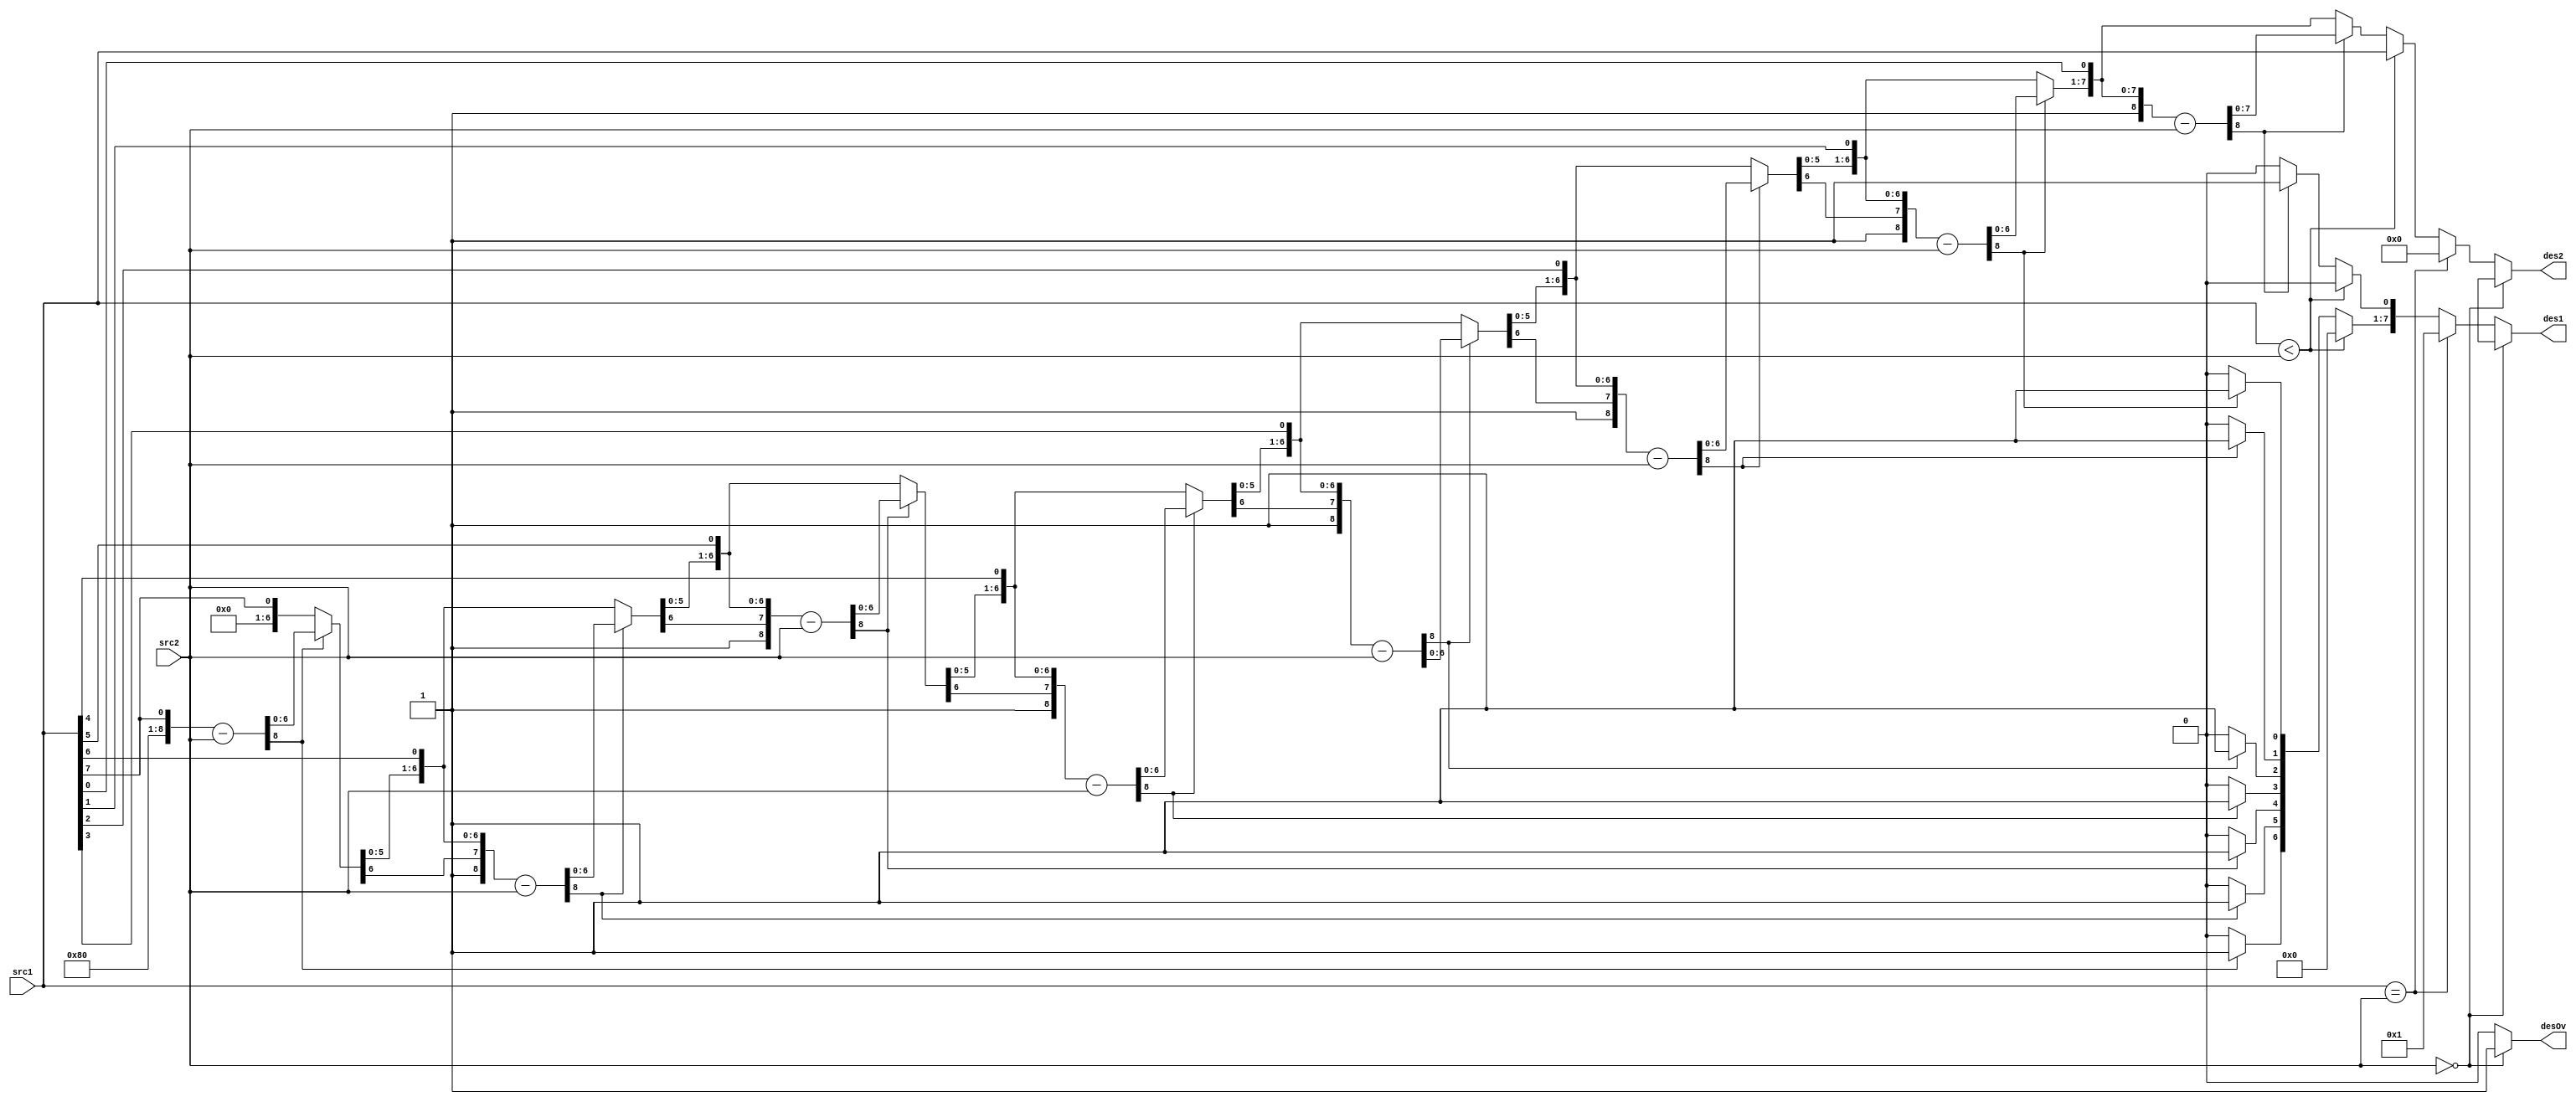
module oc8051_divide (src1, src2, des1, des2, desOv);
//
// this module is part of alu
// src1         (in)  first operand
// src2         (in)  second operand
// des1         (out) first result
// des2         (out) second result
// desOv        (out) Overflow output
//

input [7:0] src1, src2;
output desOv;
output [7:0] des1, des2;
reg desOv; reg [7:0] des1, des2;
reg [8:0] div1,div2;

always @(src1 or src2)
begin
      if (src2==8'b0000_0000) begin
        des1=8'bxxxx_xxxx;
        des2=8'bxxxx_xxxx;
        desOv=1'b1;
      end
      else if (src1==src2) begin
        des1=8'b0000_0001;
        des2=8'b0000_0000;
        desOv=1'b0;
      end
      else if (src1<src2) begin
        des1=8'b0000_0000;
        des2=src1;
        desOv=1'b0;
      end
      else begin
        des1=src1;
        des2=8'b0000_0000;

        div2={1'b0,src2};

// begin loop
//loop 0
        des2={des2[6:0],des1[7]};
        des1={des1[6:0], 1'b0};
        div1={1'b1, des2};
        div1= div1 - div2;

        if (div1[8]==1'b1) begin
          des1[0]= 1'b1;
          des2=div1[7:0];
        end

//loop 1
        des2={des2[6:0],des1[7]};
        des1={des1[6:0], 1'b0};
        div1={1'b1, des2};
        div1= div1 - div2;

        if (div1[8]==1'b1) begin
          des1[0]= 1'b1;
          des2=div1[7:0];
        end
//loop 2
        des2={des2[6:0],des1[7]};
        des1={des1[6:0], 1'b0};
        div1={1'b1, des2};
        div1= div1 - div2;

        if (div1[8]==1'b1) begin
          des1[0]= 1'b1;
          des2=div1[7:0];
        end
//loop 3
        des2={des2[6:0],des1[7]};
        des1={des1[6:0], 1'b0};
        div1={1'b1, des2};
        div1= div1 - div2;

        if (div1[8]==1'b1) begin
          des1[0]= 1'b1;
          des2=div1[7:0];
        end
//loop 4
        des2={des2[6:0],des1[7]};
        des1={des1[6:0], 1'b0};
        div1={1'b1, des2};
        div1= div1 - div2;

        if (div1[8]==1'b1) begin
          des1[0]= 1'b1;
          des2=div1[7:0];
        end
//loop 5
        des2={des2[6:0],des1[7]};
        des1={des1[6:0], 1'b0};
        div1={1'b1, des2};
        div1= div1 - div2;

        if (div1[8]==1'b1) begin
          des1[0]= 1'b1;
          des2=div1[7:0];
        end
//loop 6
        des2={des2[6:0],des1[7]};
        des1={des1[6:0], 1'b0};
        div1={1'b1, des2};
        div1= div1 - div2;

        if (div1[8]==1'b1) begin
          des1[0]= 1'b1;
          des2=div1[7:0];
        end
//loop 7
        des2={des2[6:0],des1[7]};
        des1={des1[6:0], 1'b0};
        div1={1'b1, des2};
        div1= div1 - div2;

        if (div1[8]==1'b1) begin
          des1[0]= 1'b1;
          des2=div1[7:0];
        end


// end loop
          desOv=1'b0;
      end
end

endmodule